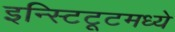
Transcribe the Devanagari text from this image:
इन्स्टिटूटमध्ये